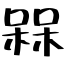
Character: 槑